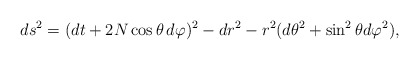
\begin{align*}ds^2=(dt+2N\cos\theta\,d\varphi)^2-dr^2-r^2(d\theta^2+\sin^2\theta d\varphi^2),\end{align*}